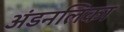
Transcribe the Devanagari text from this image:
अंडनलिका